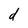
Character: d